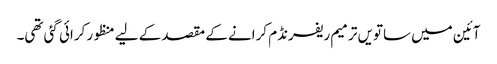
آئین میں ساتویں ترمیم ریفرنڈم کرانے کے مقصد کے لیے منظور کرائی گئی تھی۔